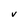
Character: V